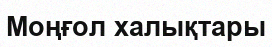
Моңғол халықтары